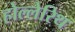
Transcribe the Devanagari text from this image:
होल्लेरिथ